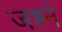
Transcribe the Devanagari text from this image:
जश्ने